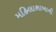
મહિલાશાખાની